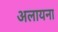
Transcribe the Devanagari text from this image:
अलायना